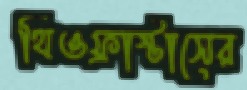
থিওফ্রাস্টাসের